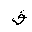
Letter: _qaf